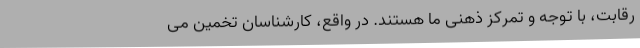
رقابت، با توجه و تمرکز ذهنی ما هستند. در واقع، کارشناسان تخمین می